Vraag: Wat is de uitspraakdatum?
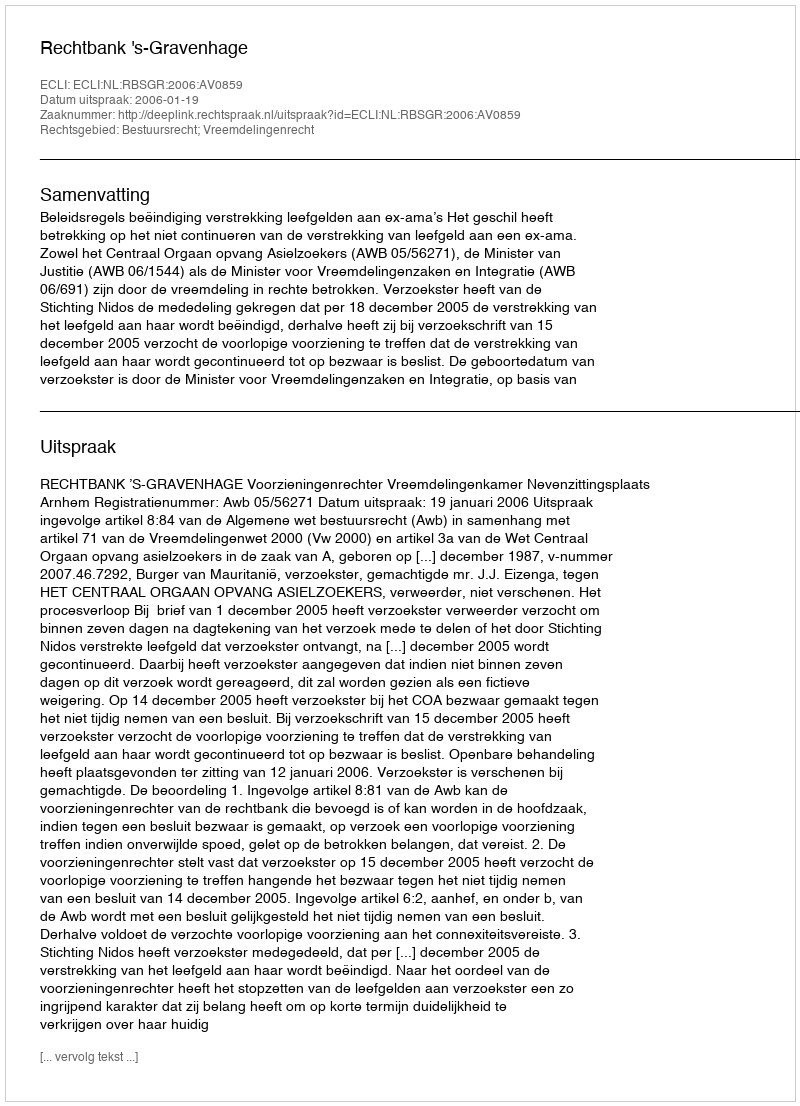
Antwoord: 2006-01-19